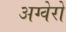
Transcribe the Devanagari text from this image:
अग्वेरो